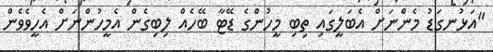
"އަޅުނގަޑު މެންނަށް އެބަލީގައި ތިބި މީހުންގެ ޑޭޓާ ބޭހެއް ލިބިގެން އެމީހުންނަށް އެހީވެވެން